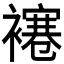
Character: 𧝱